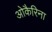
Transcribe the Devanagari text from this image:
ओकैरिना